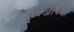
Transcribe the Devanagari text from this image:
नार्वेजीयन्